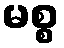
မစ္စ